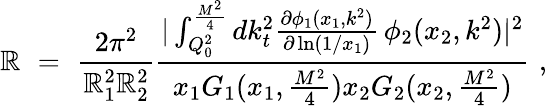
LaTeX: \mathbb{R}\, \, =\, \, \frac{{2\pi^{2}}}{{\mathbb{R}_{1}^{2}\mathbb{R}_{2}^{2}}}\frac{{|\int_{Q_{0}^{2}}^{\frac{{M^{2}}}{{4}}}dk_{t}^{2}\frac{{\partial\phi_{1}(x_{1},k^{2})}}{{\partial\ln(1/x_{1})}}\, \phi_{2}(x_{2},k^{2})|^{2}}}{{x_{1}G_{1}(x_{1},\frac{{M^{2}}}{{4}})x_{2}G_{2}(x_{2},\frac{{M^{2}}}{{4}})}}\, \, ,